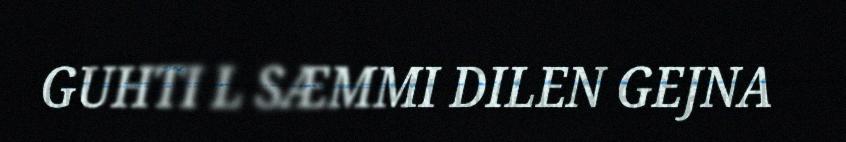
GUHTI L SÆMMI DILEN GEJNA